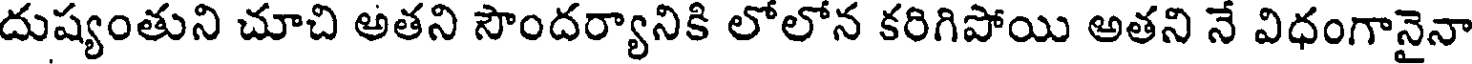
దుష్యంతుని చూచి అతని సౌందర్యానికి లోలోన కరిగిపోయి అతని నే విధంగానైనా